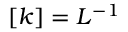
[ k ] = L ^ { - 1 }